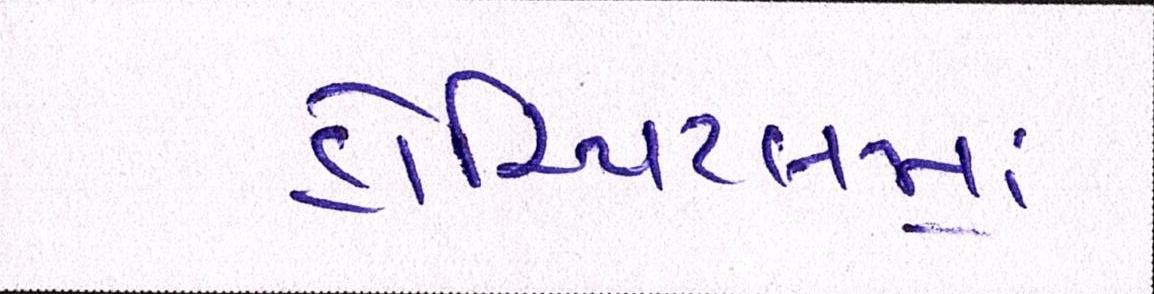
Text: હોસ્પિટલમાં